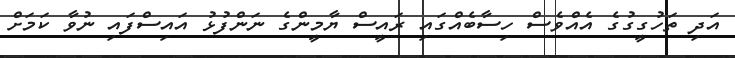
އަދި ތަހުގީގުގެ އެއްވެސް ހިސާބެއްގައި ރައީސް ޔާމީންގެ ނަންފުޅު އައިސްފައި ނުވާ ކަމަށް